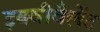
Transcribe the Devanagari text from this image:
इक्वीवैलेंट